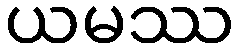
ယမဿ